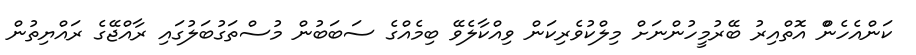
ކަންއެހެންް އޮތްއިރު ބޭރުމީހުންނަށް މިލްކުވެރިކަން ވިއްކާލެވޭ ބިމެއްގެ ސަބަބުން މުސްތަގުބަލުގައި ރާއްޖޭގެ ރައްޔިތުން